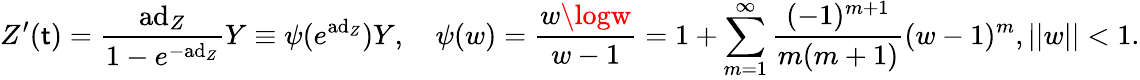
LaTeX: Z^{\prime}(\mathsf{t})={\frac{{\mathrm{{ad}}_{Z}}}{{1-e^{-\mathrm{{ad}}_{Z}}}}}Y\equiv\psi(e^{\mathrm{{ad}}_{Z}})Y,\quad\psi(w)={\frac{{w\logw}}{{w-1}}}=1+\sum_{m=1}^{\infty}{\frac{{(-1)^{m+1}}}{{m(m+1)}}}(w-1)^{m},||w||<1.